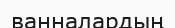
ванналардың